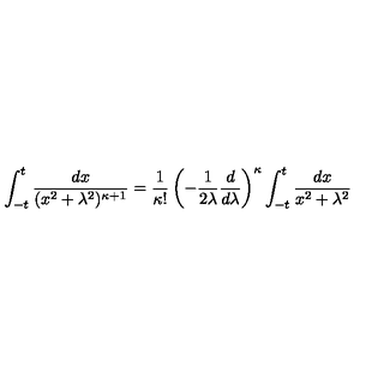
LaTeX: \int _ { - t } ^ { t } \frac { d x } { ( x ^ { 2 } + \lambda ^ { 2 } ) ^ { \kappa + 1 } } = \frac { 1 } { \kappa ! } \left( - \frac { 1 } { 2 \lambda } \frac { d } { d \lambda } \right) ^ { \kappa } \int _ { - t } ^ { t } \frac { d x } { x ^ { 2 } + \lambda ^ { 2 } }